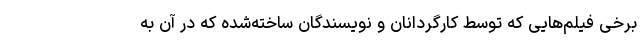
برخی فیلم‌هایی که توسط کارگردانان و نویسندگان ساخته‌شده که در آن به